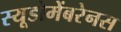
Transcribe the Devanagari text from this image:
स्यूडोमेंबरेनस